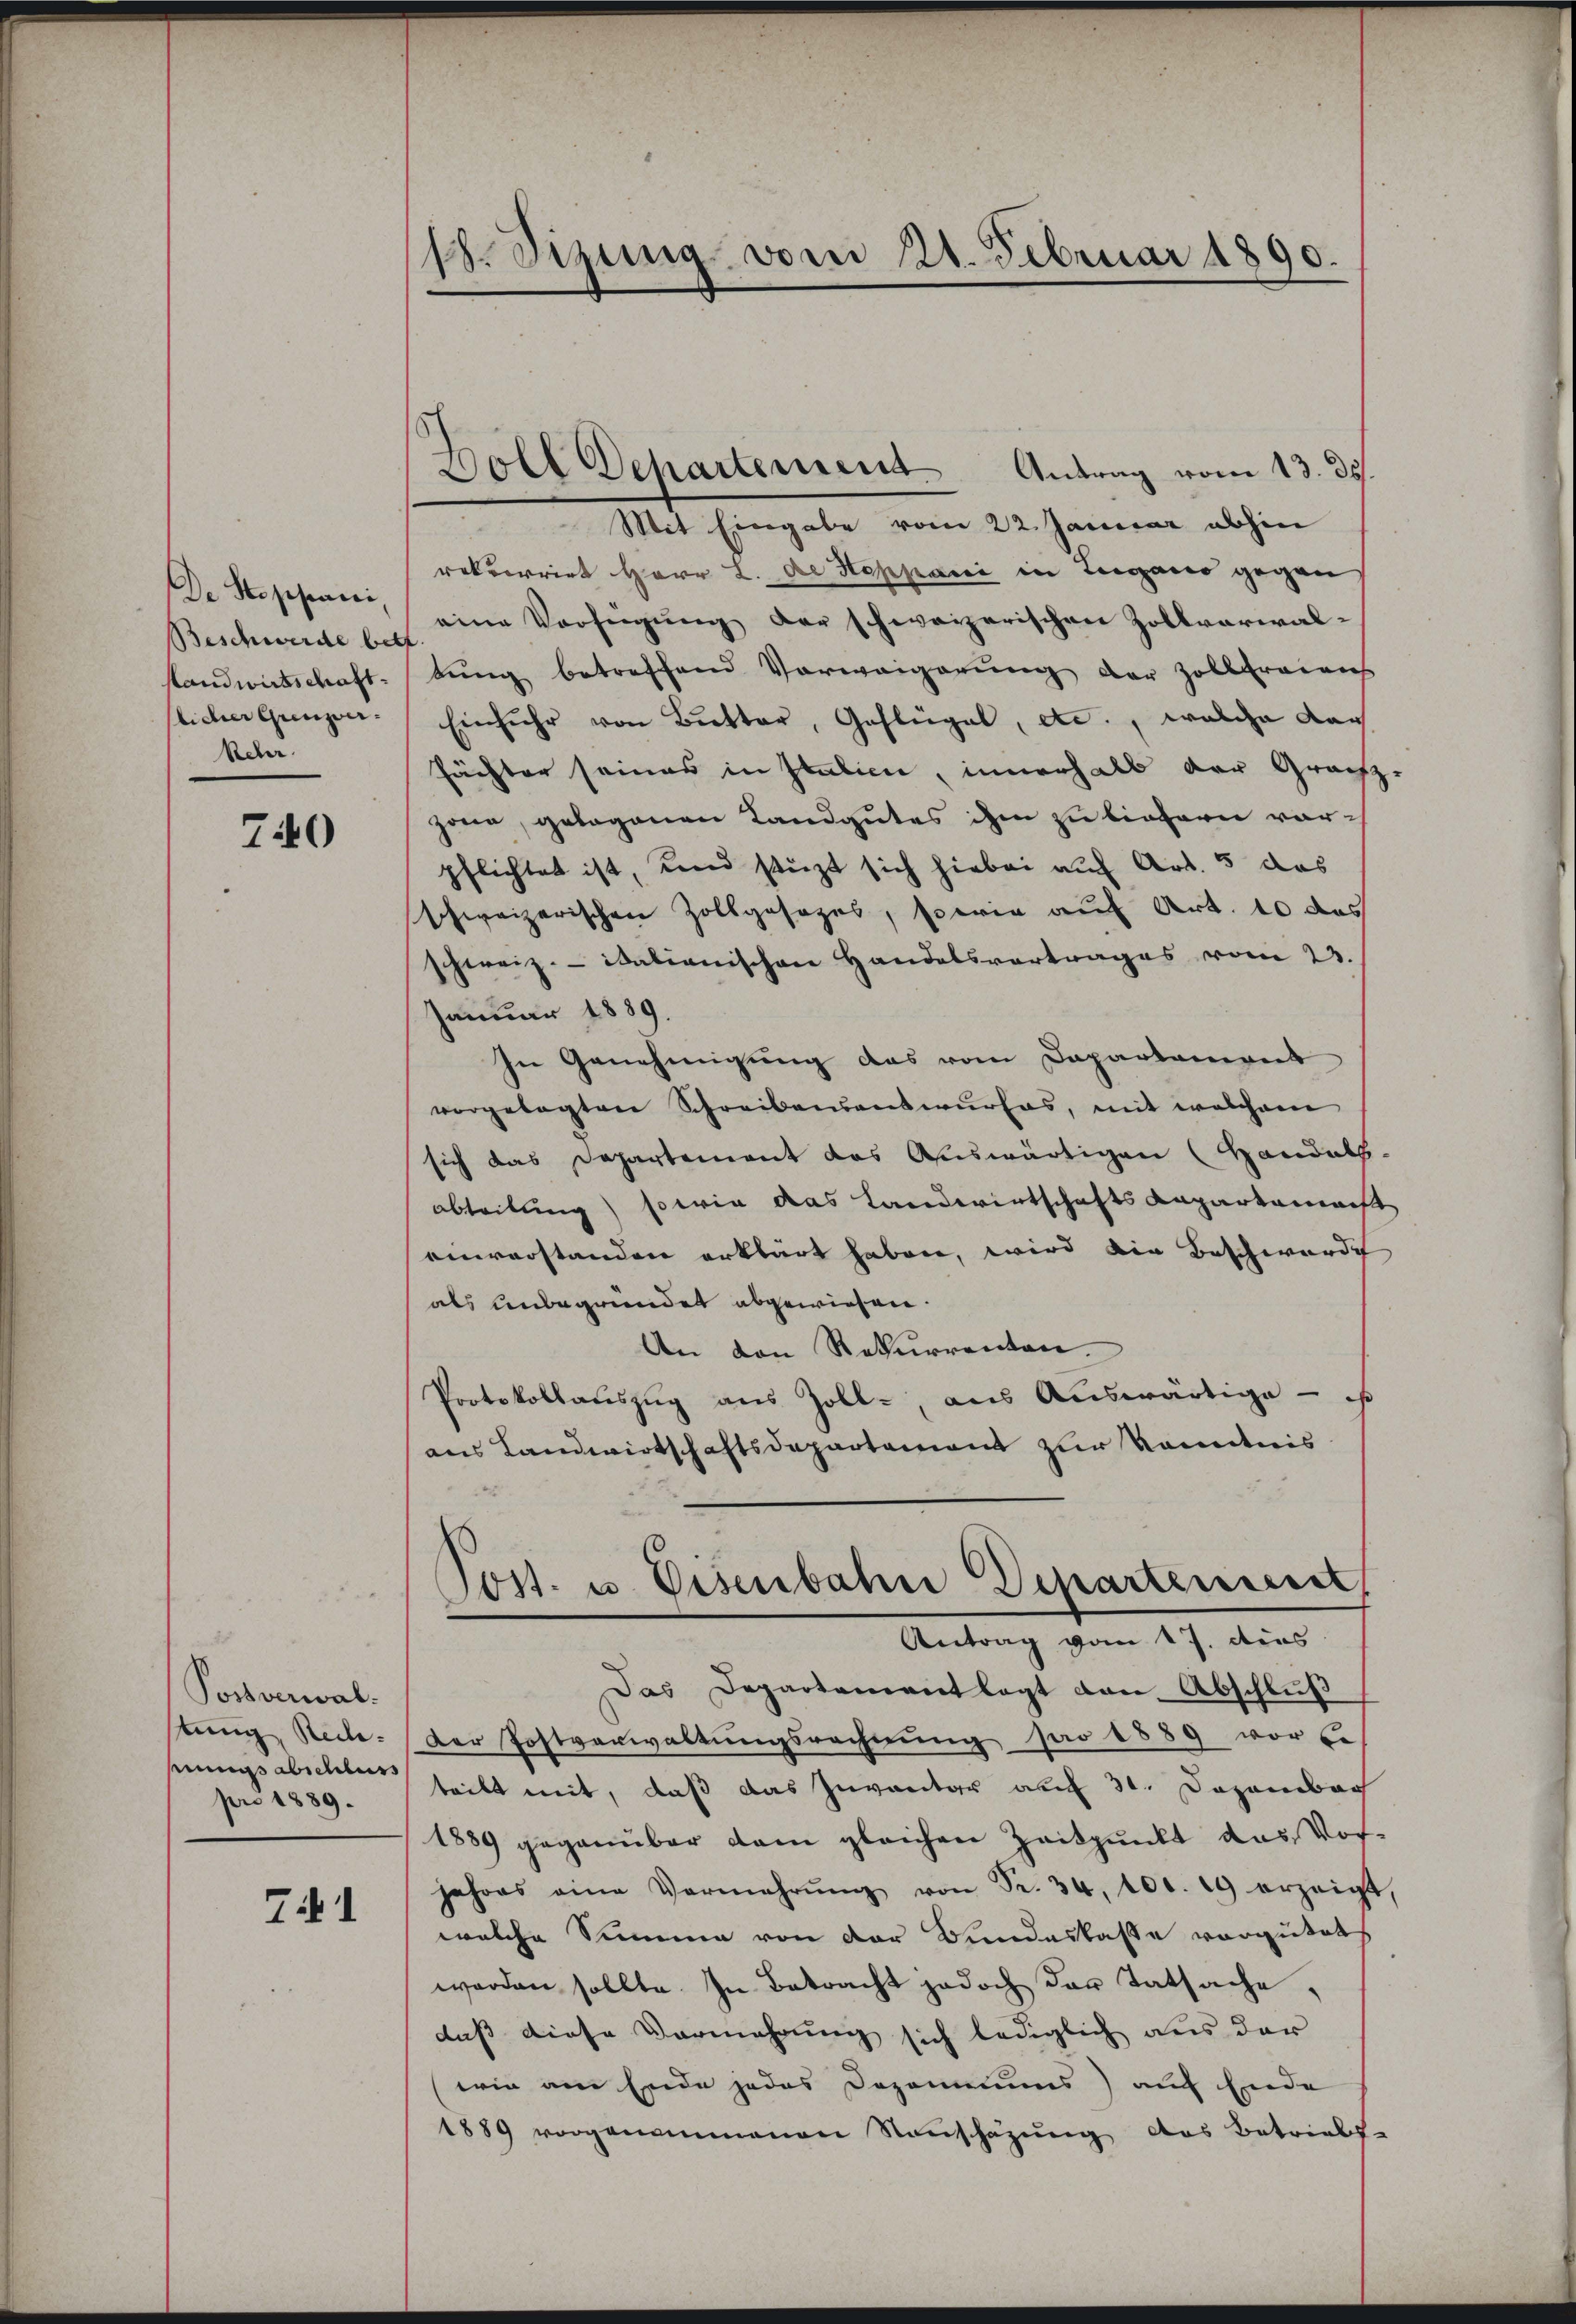
De Stoppani
Beschwerde bef
slandwirtschaft.
licher Grenzver- |
kehr.

740

Postverwalsungs abschluss
pro 1889.

Zi1

18. Sizung vom 21. Februar 1890.

Mit Eingabe vom 22. Januar abhin
rekurrirt Herr L. de Hoppani in Lugano gegen
eine Verfügŭng der schweizerischen Zollverwalbung betreffend Vorweigerŭng der Zollfreiens
Einfuhr von Butter, Geflügel, etc., welche dar
fächter seines in Italien, innerhalb der Grächz.
zona, gelegenen Landgutes ihm zu bietern vorpflichtet ist, und stürzt sich hiebei auf Art. 5 das
schweizerischen Zollgesezes, sowie auf Art. 10 das
schweiz. italienischen Handelsvertrages vom 23.
Januar 1889.
In Genehmigung das vom Departanereit
vorgelegten Schreibensentwurfes, mit welchem
sich das Departement das Auswärtigen (Handels-
abteilung sowie das Landwirtschafts Repartemest
einverstanden erklärt haben, wird die Beschwerde
als unbegründet abgewiesen.
An den Rekurrenten.
Protokollauszug aus Zoll-, aus Auswärtige - ist
aus Landwirtschaftsdepartement zur Kenntnis
Post. u. Eisenbahn Departenieur
Antrag vom 17. dies
Das Departementlagt von Abschluß
eung Recte: Der Postverwaltungsrechnung pro 1889 vor be-
teilt mit, daß das Inventar auf 31. Dezember
1889 gegenüber dem gleichen Zeitpunkt das Vor-
jahres eine Vermehrŭng von Fr. 34, 100. 19 erzeigt,
welche Summe von der Bundeskasse vorgütet
werden sollte. In Betracht jedoch der Tatsache,
daß diese Vermehrung sich lediglich aus der
wie am Ende jedes Dozomuuns) auf Ende
1889 vorgenommenen Nanschazung das Betriebs-

Boll Departement. Antrag vom 13. ds.